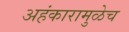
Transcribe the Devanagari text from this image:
अहंकारामुळेच